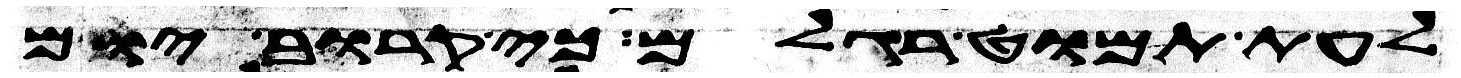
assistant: לעת תמוט רגלם כי קרוב יום